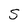
Character: S